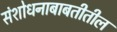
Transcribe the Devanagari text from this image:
संशोधनाबाबतीतील